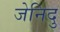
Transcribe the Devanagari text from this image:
जेनिदु